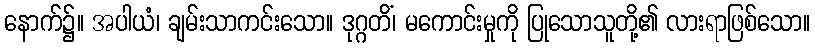
နောက်၌။ အပါယံ၊ ချမ်းသာကင်းသော။ ဒုဂ္ဂတိံ၊ မကောင်းမှုကို ပြုသောသူတို့၏ လားရာဖြစ်သော။